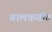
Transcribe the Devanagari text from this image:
बालकगीत